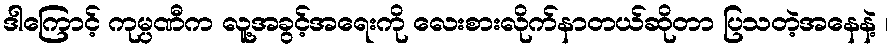
ဒါကြောင့် ကုမ္ပဏီက လူ့အခွင့်အရေးကို လေးစားလိုက်နာတယ်ဆိုတာ ပြသတဲ့အနေနဲ့ ၊